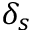
\delta _ { s }